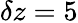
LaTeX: \delta z=5